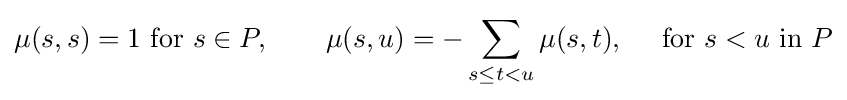
\mu (s,s)=1{\text{ for }}s\in P,\qquad \mu (s,u)=-\sum _{s\leq t<u}\mu (s,t),\quad {\text{ for }}s<u{\text{ in }}P